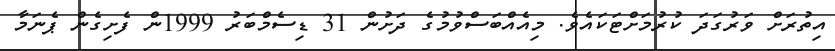
އިތުރަށް ވަރުގަދަ ކުރުމަށްޓަކައެވެ. މިއެއްބަސްވުމުގެ ދަށުން 31 ޑިސެމްބަރު 1999ން ފެށިގެން ޕެނަމާ